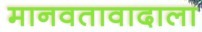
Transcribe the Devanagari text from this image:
मानवतावादाला